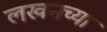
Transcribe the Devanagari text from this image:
लखनच्या